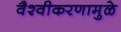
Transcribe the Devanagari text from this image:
वैश्वीकरणामुळे